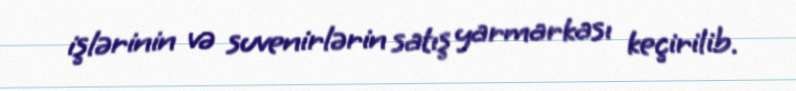
işlərinin və suvenirlərin satış yarmarkası keçirilib.